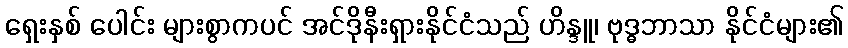
ရှေးနှစ် ပေါင်း များစွာကပင် အင်ဒိုနီးရှားနိုင်ငံသည် ဟိန္ဒူ၊ ဗုဒ္ဓဘာသာ နိုင်ငံများ၏